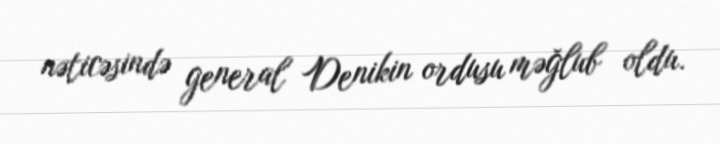
nəticəsində general Denikin ordusu məğlub oldu.